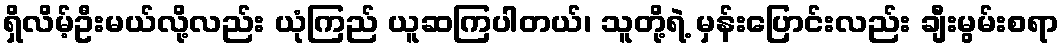
ရှိလိမ့်ဦးမယ်လို့လည်း ယုံကြည် ယူဆကြပါတယ်၊ သူတို့ရဲ့ မှန်းပြောင်းလည်း ချီးမွမ်းစရာ